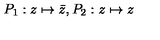
P _ { 1 } : z \mapsto \bar { z } , P _ { 2 } : z \mapsto z